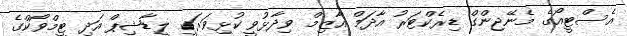
އެސްޓީއޯގެ މެނޭޖިންގް ޑިރެކްޓަރު އާދަމް އާޒިމް ވިދާޅުވީ ކުޅިވަރަކީ ލީޑާޝިޕް އަދި ޓީމްވޯކްގެ